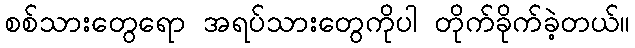
စစ်သားတွေရော အရပ်သားတွေကိုပါ တိုက်ခိုက်ခဲ့တယ်။